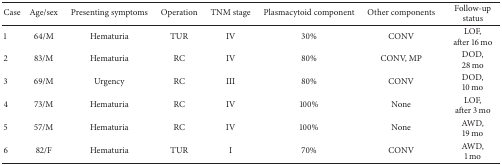
<table><thead><tr><td><b>Case</b></td><td><b>Age/sex</b></td><td><b>Presenting symptoms</b></td><td><b>Operation</b></td><td><b>TNM stage</b></td><td><b>Plasmacytoid component</b></td><td><b>Other components</b></td><td><b>Follow-up status</b></td></tr></thead><tbody><tr><td>1</td><td>64/M</td><td>Hematuria</td><td>TUR</td><td>IV</td><td>30%</td><td>CONV</td><td>LOF,after 16 mo</td></tr><tr><td>2</td><td>83/M</td><td>Hematuria</td><td>RC</td><td>IV</td><td>80%</td><td>CONV, MP</td><td>DOD,28 mo</td></tr><tr><td>3</td><td>69/M</td><td>Urgency</td><td>RC </td><td>III</td><td>80%</td><td>CONV</td><td>DOD, 10 mo</td></tr><tr><td>4</td><td>73/M</td><td>Hematuria</td><td>RC </td><td>IV</td><td>100%</td><td>None</td><td>LOF, after 3 mo</td></tr><tr><td>5</td><td>57/M</td><td>Hematuria</td><td>RC </td><td>IV</td><td>100%</td><td>None</td><td>AWD, 19 mo</td></tr><tr><td>6</td><td>82/F</td><td>Hematuria</td><td>TUR</td><td>I</td><td>70%</td><td>CONV</td><td>AWD, 1 mo</td></tr></tbody></table>